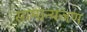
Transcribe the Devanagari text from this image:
सामान्यजण